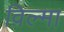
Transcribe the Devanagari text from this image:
व़िल्मा